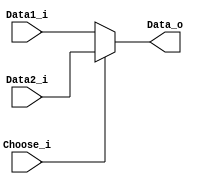
module MUX32(
    Data1_i, 
    Data2_i, 
    Choose_i, 
    Data_o
);

input [31:0] Data1_i;
input [31:0] Data2_i;
input Choose_i;
output [31:0] Data_o;

assign Data_o = (Choose_i) ? Data2_i : Data1_i;
 
endmodule

module MUX32_4(
    Data1_i, 
    Data2_i, 
    Data3_i, 
    Data4_i, 
    Choose_i,
    Data_o
);

input [31:0] Data1_i;
input [31:0] Data2_i;
input [31:0] Data3_i;
input [31:0] Data4_i;
input [1:0] Choose_i;
output [31:0] Data_o;

assign Data_o = (Choose_i == 2'b00) ? Data1_i : 
                   (Choose_i == 2'b01) ? Data2_i :
                   (Choose_i == 2'b10) ? Data3_i : Data4_i;

endmodule